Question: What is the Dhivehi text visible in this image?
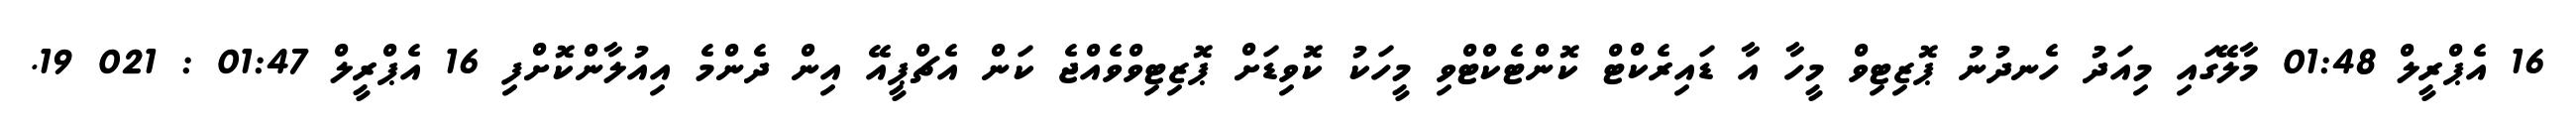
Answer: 16 އެޕްރީލް 01:48 މާލޭގައި މިއަދު ހެނދުނު ޕޮޒިޓިވް މީހާ އާ ޑައިރެކްޓް ކޮންޓެކްޓްވި މީހަކު ކޮވިޑަށް ޕޮޒިޓިވްވެއްޖެ ކަން އެޗްޕީއޭ އިން ދެންމެ އިއުލާންކޮށްފި 16 އެޕްރީލް 01:47 : 021 19.